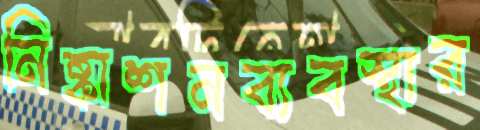
নিষ্কাশনব্যবস্থার